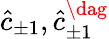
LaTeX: \hat{c}_{\pm 1},\hat{c}_{\pm 1}^{\dag}